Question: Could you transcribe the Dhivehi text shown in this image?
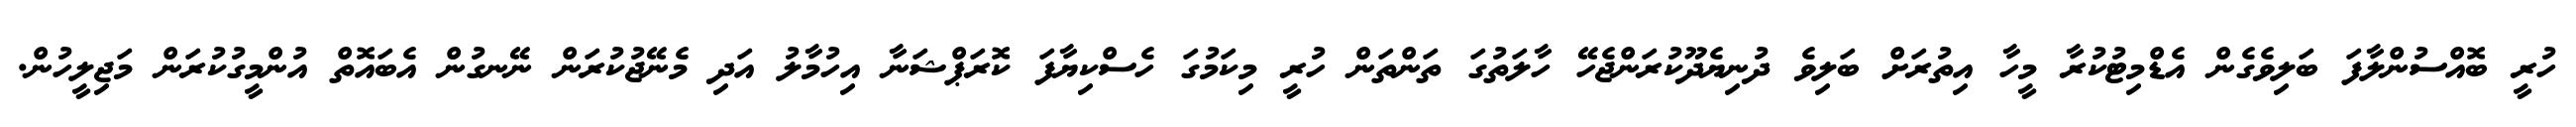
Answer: ހުރީ ބޮއްސުންލާފަ ބަލިވެގެން އެޑްމިޓުކުރާ މީހާ އިތުރަށް ބަލިވެ ދުނިޔެދޫކުރަންޖެހޭ ހާލަތުގަ ތަންތަން ހުރީ މިކަމުގަ ހެސްކިޔާފަ ކޮރަޕްޝަނާ އިހުމާލު އަދި މެނޭޖުކުރަން ނޭނގުން އެބައޮތް އުންމީގުކުރަން މަޖިލީހުން.